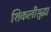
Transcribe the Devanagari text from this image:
शिकलीसुद्धा